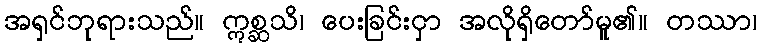
အရှင်ဘုရားသည်။ ဣစ္ဆသိ၊ ပေးခြင်းငှာ အလိုရှိတော်မူ၏။ တဿာ၊